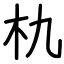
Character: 朹